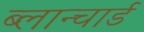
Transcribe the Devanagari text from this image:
ब्लान्चार्ड